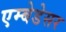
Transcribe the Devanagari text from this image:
एम्बेडेसर